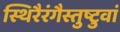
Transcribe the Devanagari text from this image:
स्थिरैरंगैस्तुष्टुवां